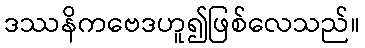
ဒဿနိကဗေဒဟူ၍ဖြစ်လေသည်။